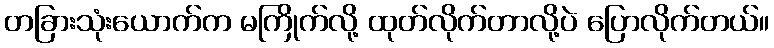
တခြားသုံးယောက်က မကြိုက်လို့ ထုတ်လိုက်တာလို့ပဲ ပြောလိုက်တယ်။